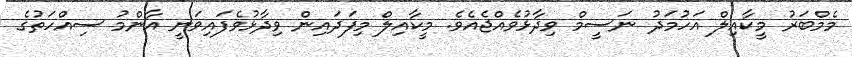
މެމްބަރު މީކާއިލް އަހުމަދު ނަސީމް ވިދާޅުވެއްޖެއެވެ. މީކާއިލް މިފަދައިން ވިދާޅުވެފައިވަނީ އާންމު ސިއްހަތުގެ